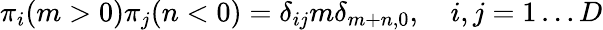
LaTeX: \pi_{i}(m>0)\pi_{j}(n<0)=\delta_{ij}m\delta_{m+n,0},\quad i,j=1\dots D